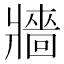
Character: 牆